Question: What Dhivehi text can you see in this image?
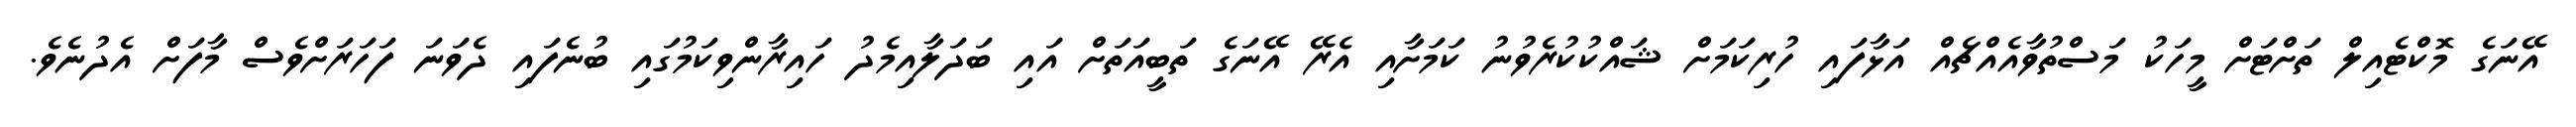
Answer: އޭނަގެ މޮކްޓެއިލް ތަށްޓަށް މީހަކު މަސްތުވާއެއްޗެއް އަޅާފައި ހުރިކަމަށް ޝައްކުކުރެވުނު ކަމަށާއި އެރޭ އޭނަގެ ތަބީއަތަށް އައި ބަދަލާއިމެދު ހައިރާންވިކަމުގައި ބުނެފައި ދެވަނަ ފަހަރަށްވެސް މާފަށް އެދުނެވެ.